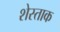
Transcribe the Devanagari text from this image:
शेस्ताक